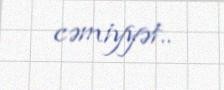
cəmiyyət..